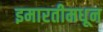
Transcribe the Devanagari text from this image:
इमारतीमधून